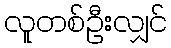
လူတစ်ဦးလျှင်